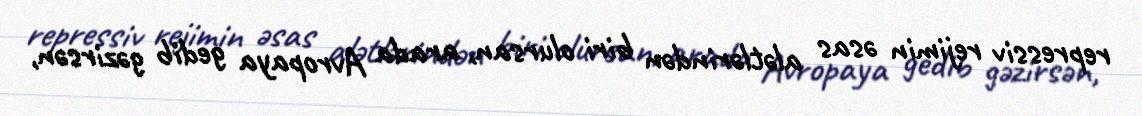
repressiv rejimin əsas alətlərindən biri olursan, arada Avropaya gedib gəzirsən,